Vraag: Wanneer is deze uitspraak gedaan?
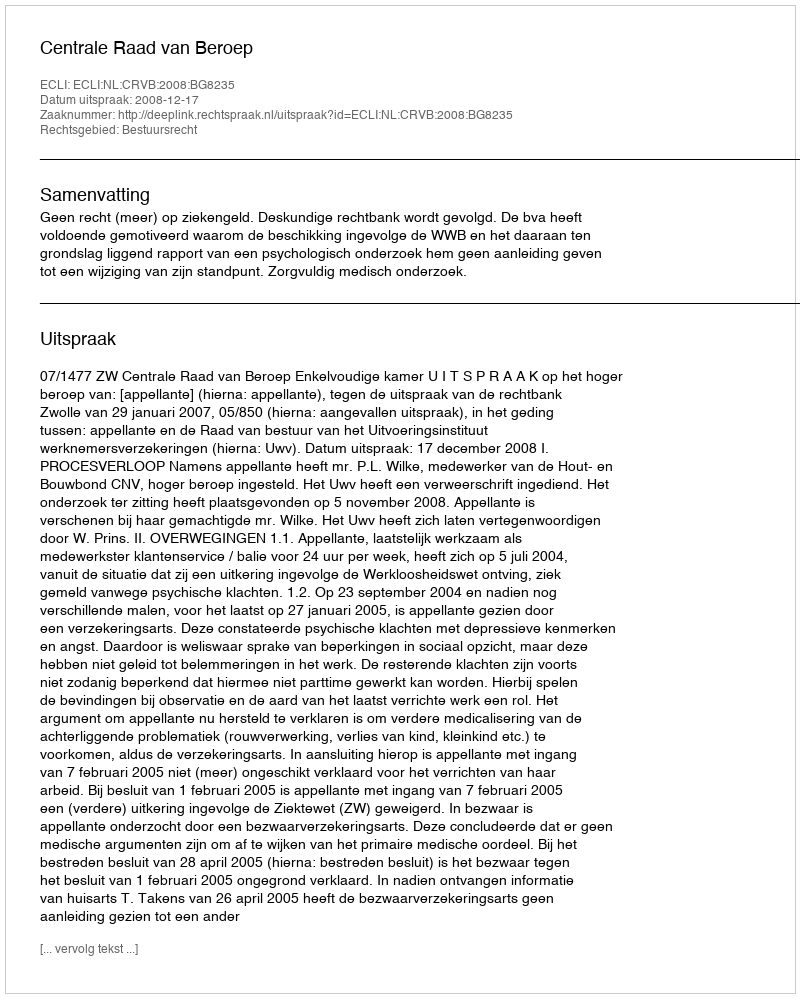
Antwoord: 2008-12-17